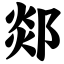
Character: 郯